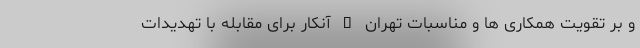
و بر تقویت همکاری ها و مناسبات تهران – آنکار برای مقابله با تهدیدات